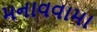
મનાવવામા